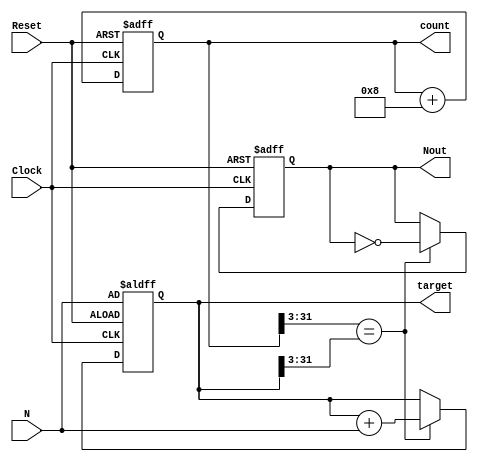

// verilog behavioural model of a clock generator which produces the clocks whose time period = 2 * N 
// N can be any odd or even number, it can be a fraction as well 

// If the period = 4, then N = 2 and one clock will consist of 4 initial clock cycles

// IMPORTANT ASSUMPTION: The reset has to be pressed to make the clock generator function, without pressing RESET it will NOT WORK!!!
// This program developed for the accuracy of 3 decimal point values in binary

// 3.5 in the base 10 (i.e. decimal) is represented by 11.1 in the base 2 (i.e. binary)

module clockGeneratorForFractionPeriod ( Clock, Reset, N, count, target, Nout );

	input Clock, Reset;
	input [31:0] N;
	output reg [31:0] count, target;
	output reg Nout;
	
	always@ (posedge Clock, negedge Reset)
	begin 
		
		if (Reset == 1'b0)
		begin 
			Nout <= 1'b0;
			count <= 32'b0;
			target <= N;
		end
		
		else
		begin
			count <= count + 4'b1000;
			
			if (count[31:3] == target[31:3])
			begin
				target <= target + N;
				Nout <= ~Nout;
			end
			
			else	Nout <= Nout;			
		end

	end
	
endmodule